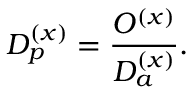
D _ { p } ^ { ( x ) } = { \frac { O ^ { ( x ) } } { D _ { a } ^ { ( x ) } } } .